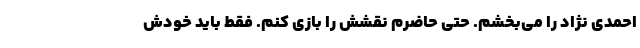
احمدی نژاد را می‌بخشم. حتی حاضرم نقشش را بازی کنم. فقط باید خودش